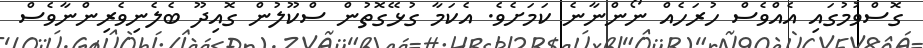
ގޮސްވުމުގައި އެއްވެސް ހުރަހެއް ނޯންނާނެ ކަމަށެވެ. އެކަމާ ގުޅޭގޮތުން ސްކޫލުން ގޮއިދޫ ބެލެނިވެރިންނާވެސް